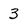
Character: 3